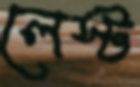
লেস্ট